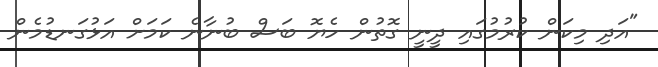
"އަދި މިކަން ކުރުމުގައި ދީނީ ގޮތުން ހެޔޮ ބަސް ބުނާނެ ކަމަށް އަޅުގަނޑުމެން